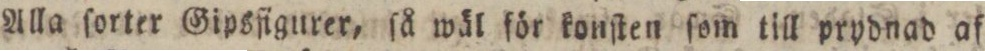
Alla ſorter Gipsfigurer, ſå wäl för konſten ſom till prydnad af